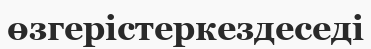
өзгерістеркездеседі